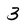
Character: 3